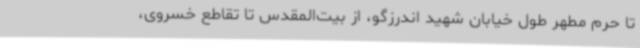
تا حرم مطهر طول خیابان شهید اندرزگو، از بیت‌المقدس تا تقاطع خسروی،